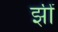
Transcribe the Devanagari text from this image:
झीं